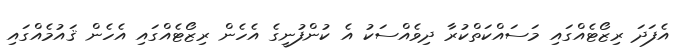
އެފަދަ ރިޒޯޓެއްގައި މަސައްކަތްކުރާ ދިވެއްސަކު އެ ކުންފުނީގެ އެހެން ރިޒޯޓެއްގައި އެހެން ޤައުމެއްގައި